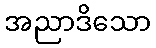
အညာဒိသော